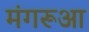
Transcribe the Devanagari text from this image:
मंगरूआ